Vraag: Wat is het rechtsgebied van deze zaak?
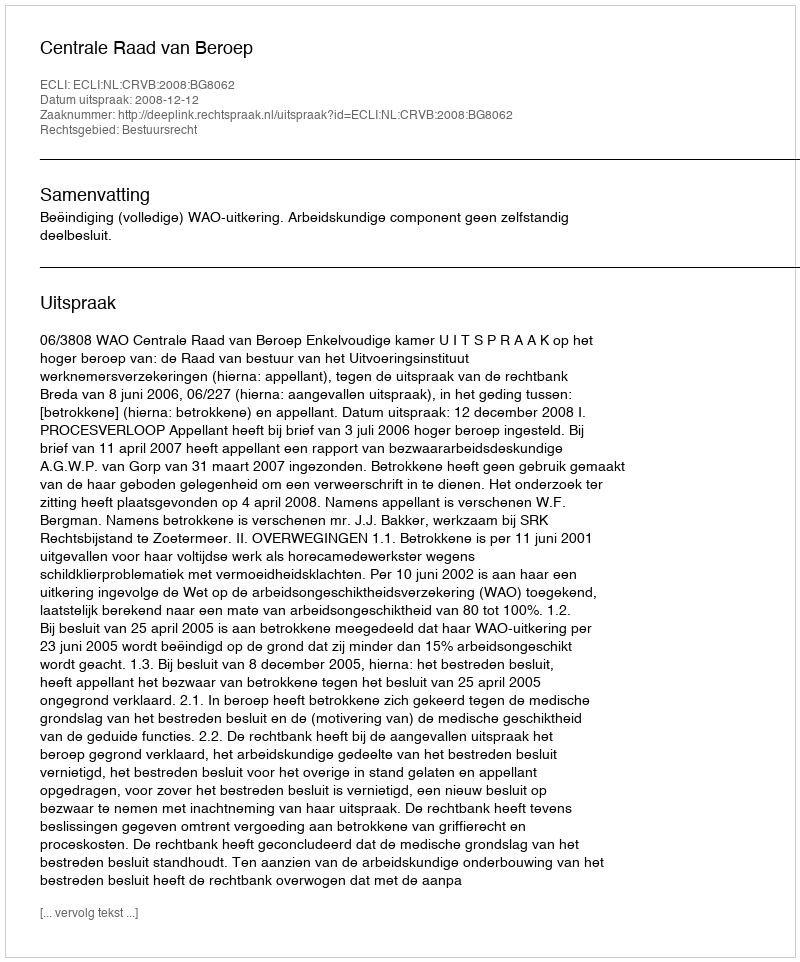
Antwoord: Bestuursrecht